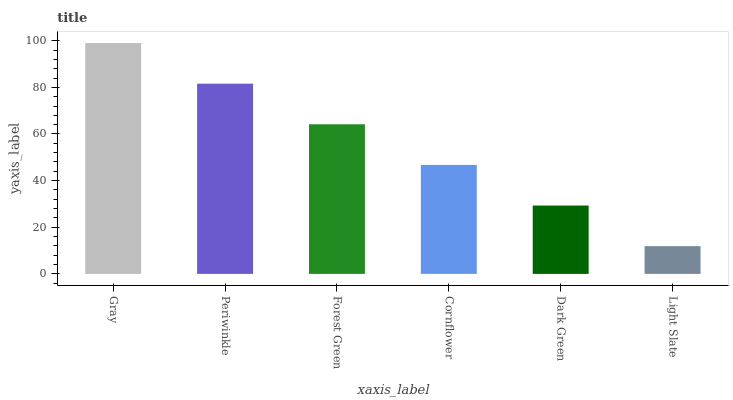
| xaxis_label | bars |
 | --- | --- |
 | Gray | 99 |
 | Periwinkle | 81.6 |
 | Forest Green | 64.2 |
 | Cornflower | 46.7 |
 | Dark Green | 29.3 |
 | Light Slate | 11.9 |